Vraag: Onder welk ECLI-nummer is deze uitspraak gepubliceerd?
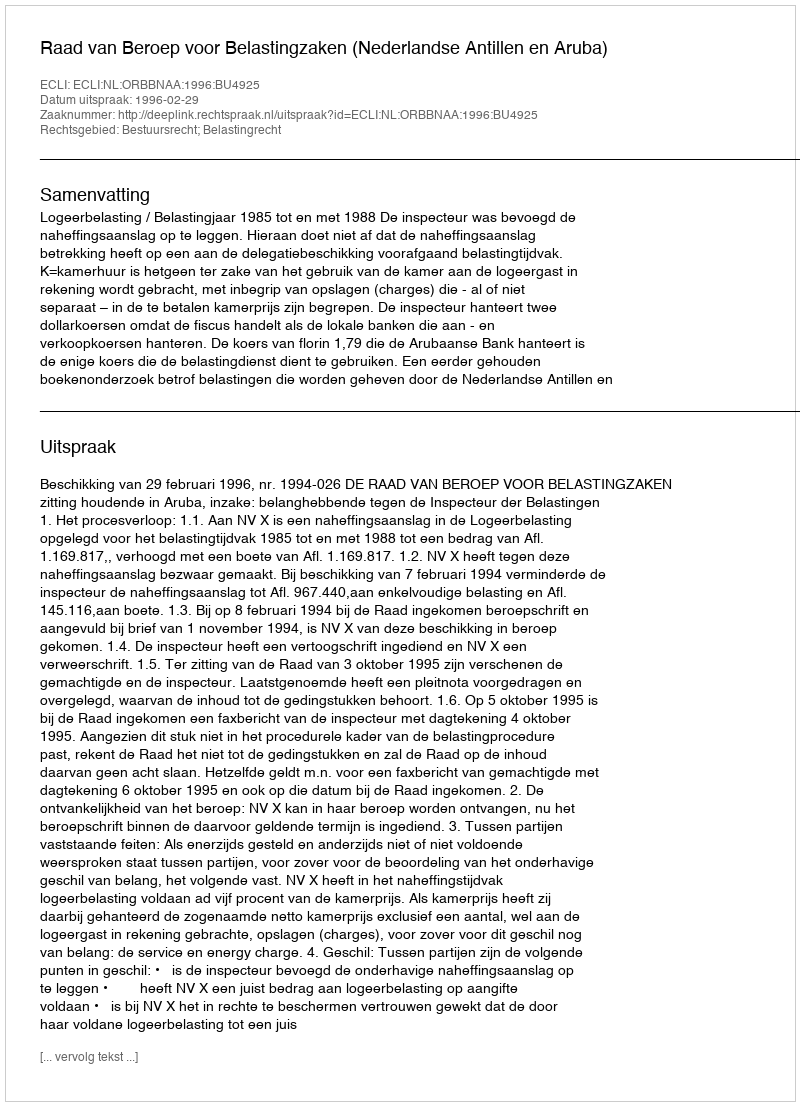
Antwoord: ECLI:NL:ORBBNAA:1996:BU4925